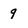
Character: 9